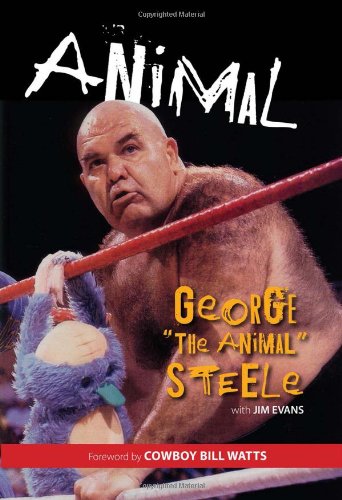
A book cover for Animal; George "The Animal" Steele; Biographies & Memoirs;